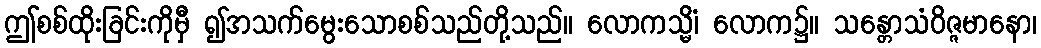
ဤစစ်ထိုးခြင်းကိုမှီ ၍အသက်မွေးသောစစ်သည်တို့သည်။ လောကသ္မိံ၊ လောက၌။ သန္တောသံဝိဇ္ဇမာနော၊